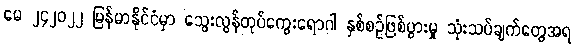
မေ ၂၄၂၀၂၂ မြန်မာနိုင်ငံမှာ သွေးလွန်တုပ်ကွေးရောဂါ နှစ်စဉ်ဖြစ်ပွားမှု သုံးသပ်ချက်တွေအရ